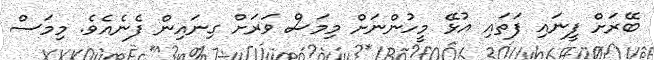
ބޭރަށް ފީނައި ފަތައި އުޅޭ މީހުންނަށް މިމަސް ވަރަށް ގިނައިން ފެނެއެވެ. މިމަސް